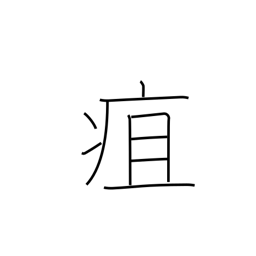
Meaning: carbuncle